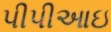
પીપીઆઇ